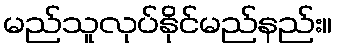
မည်သူလုပ်နိုင်မည်နည်း။